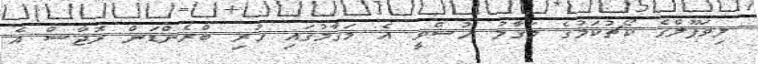
ލިވަޕޫލްގެ ކޯޗުކަމުގެ މަގާމު ހުސްވީ އެ މަގާމުގައި ހުރި ބްރެންޑަން ރޮޖާސް އެ